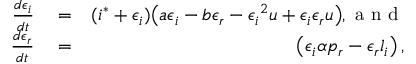
\begin{array} { r l r } { \frac { d \epsilon _ { i } } { d t } } & { { } = } & { ( i ^ { * } + \epsilon _ { i } ) \big ( a \epsilon _ { i } - b \epsilon _ { r } - { \epsilon _ { i } } ^ { 2 } u + \epsilon _ { i } \epsilon _ { r } u \big ) , \mathrm { ~ a ~ n ~ d ~ } } \\ { \frac { d \epsilon _ { r } } { d t } } & { { } = } & { \left( \epsilon _ { i } \alpha p _ { r } - \epsilon _ { r } l _ { i } \right) , } \end{array}